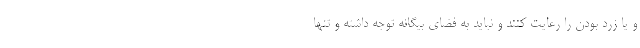
و یا زرد بودن را رعایت کنند و نباید به فضای بیگانه توجه داشته و تنها